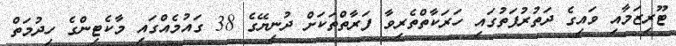
ޓޫރިޒަމާއި ވައިގެ ދަތުރުފަތުގައި ހަރަކާތްތެރިވާ ފަރާތްތަކަށް ދުނިޔޭގެ 38 ގައުމެއްގައި މާކެޓިންގެ ހިދުމަތް